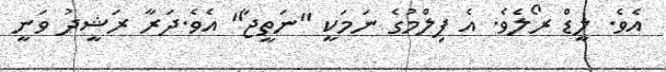
އެވެ. ލީޑް ރޯލެވެ. އެ ފިލްމުގެ ނަމަކީ "ނަތީޖާ" އެވެ.ދަރާ ރަޝީދު ވަނީ